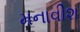
મનાવીશ